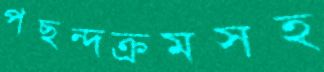
পছন্দক্রমসহ